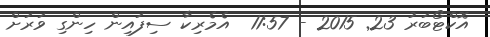
އޮކްޓޯބަރު 23